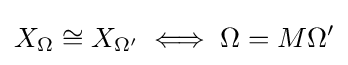
X_{\Omega }\cong X_{\Omega '}\iff \Omega =M\Omega '